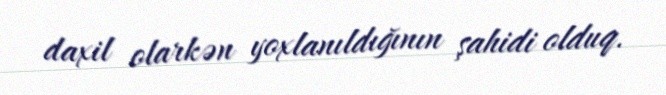
daxil olarkən yoxlanıldığının şahidi olduq.